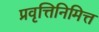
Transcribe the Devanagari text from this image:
प्रवृत्तिनिमित्त